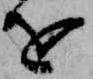
を